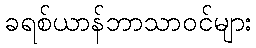
ခရစ်ယာန်ဘာသာဝင်များ